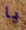
يا